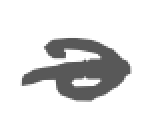
Text: a
Cross-out: mix
Writing tool: digital_gray